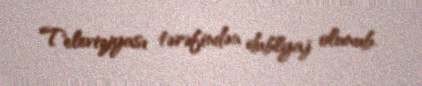
Televiziyası tərəfindən dublyaj olunub.